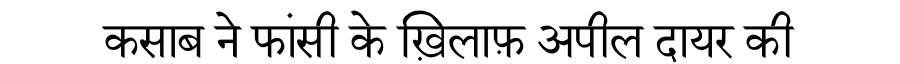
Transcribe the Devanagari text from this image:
कसाब ने फांसी के ख़िलाफ़ अपील दायर की